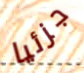
جزئيا